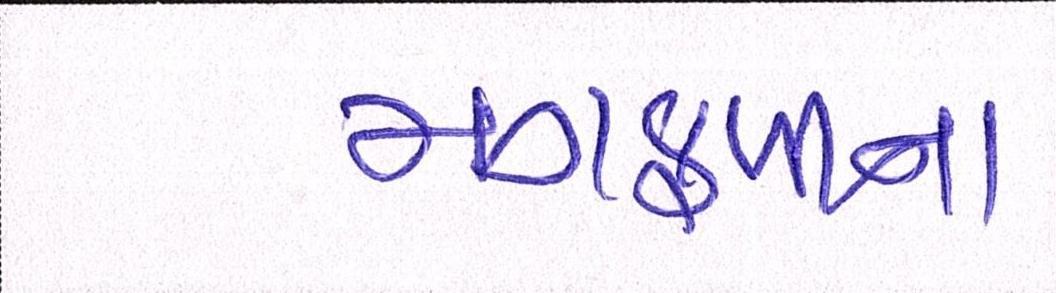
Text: મગફળીના